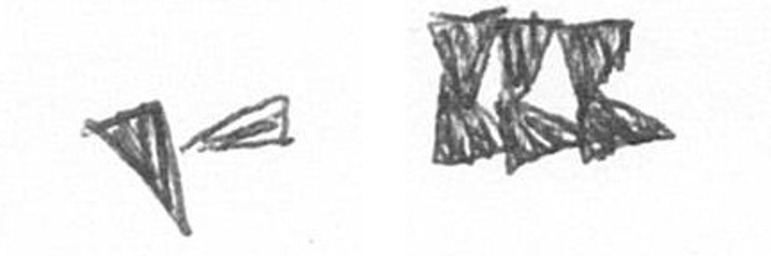
F D